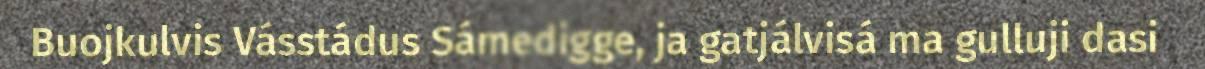
Buojkulvis Vásstádus Sámedigge, ja gatjálvisá ma gulluji dasi